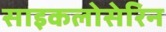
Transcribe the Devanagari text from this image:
साइकलोसेरिन